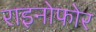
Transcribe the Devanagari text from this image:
राइनोफोर